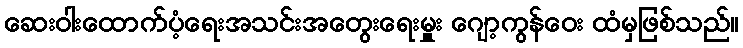
ဆေးဝါးထောက်ပံ့ရေးအသင်းအတွေးရေးမှူး ဂျော့ကွန်ဝေး ထံမှဖြစ်သည်။